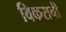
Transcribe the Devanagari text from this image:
विकराची